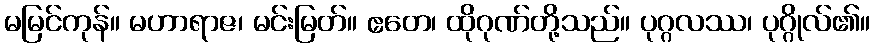
မမြင်ကုန်။ မဟာရာဇ၊ မင်းမြတ်။ ဧတေ၊ ထိုဂုဏ်တို့သည်။ ပုဂ္ဂလဿ၊ ပုဂ္ဂိုလ်၏။